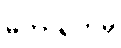
မဟာရဟမှိ